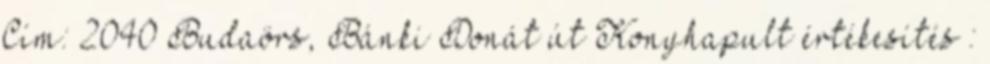
Cím: 2040 Budaörs, Bánki Donát út Konyhapult értékesítés :